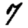
Digit: 7